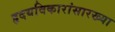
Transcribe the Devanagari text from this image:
हृदयविकारांसारख्या